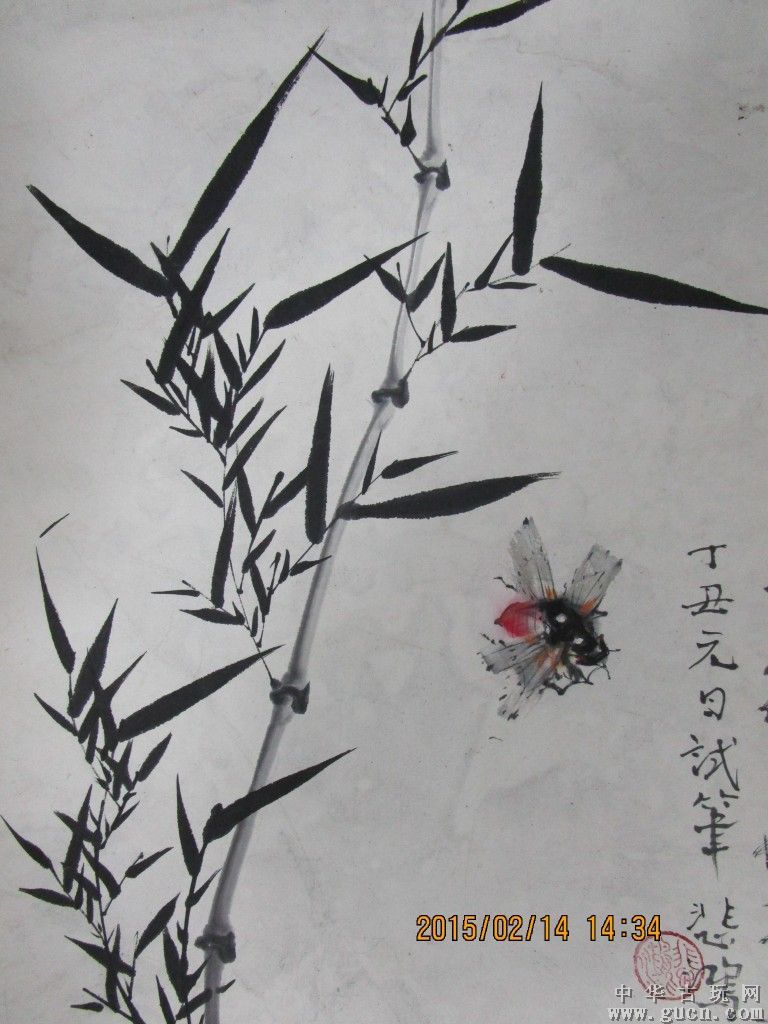
蝉鸣空桑林，八月萧关道。